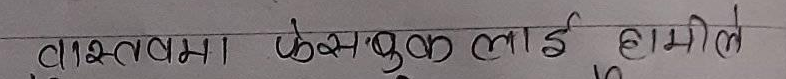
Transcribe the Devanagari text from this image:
वास्तवमा फेसबुकलाई हामीले